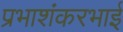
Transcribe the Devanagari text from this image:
प्रभाशंकरभाई